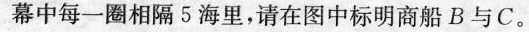
幕中每一圈相隔5海里，请在图中标明商船B与C。